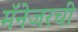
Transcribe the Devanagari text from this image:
मॅनेजरची